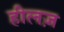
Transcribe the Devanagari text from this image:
हीलज़